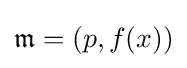
{\mathfrak {m}}=(p,f(x))